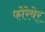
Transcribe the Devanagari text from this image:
फोरेवेर्